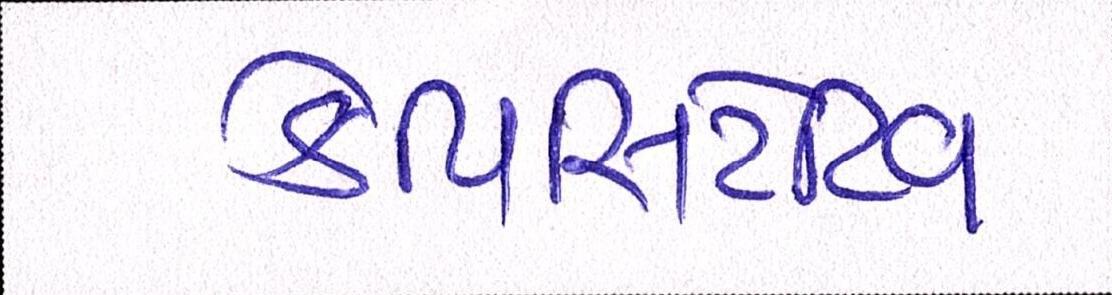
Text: કેપિસિટેટિવ